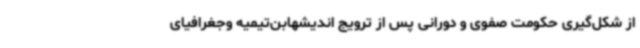
از شکل‌گیری حکومت صفوی و دورانی پس از ترویج اندیشهابن‌تیمیه وجغرافیای